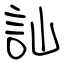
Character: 訕